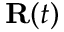
{ \bf R } ( t )